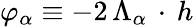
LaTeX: \varphi_{\alpha}\equiv-2\, \Lambda_{\alpha}\, \cdot\, h